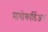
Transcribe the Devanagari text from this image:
मायोकार्डिअल